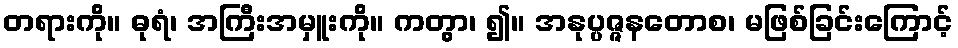
တရားကို။ ဓုရံ၊ အကြီးအမှူးကို။ ကတွာ၊ ၍။ အနုပ္ပဇ္ဇနတောစ၊ မဖြစ်ခြင်းကြောင့်